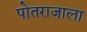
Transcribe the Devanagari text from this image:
पोतराजाला